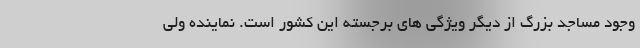
وجود مساجد بزرگ از دیگر ویژگی های برجسته این کشور است. نماینده ولی